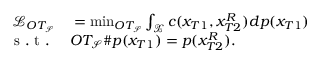
\begin{array} { r l } { \mathcal { L } _ { O T _ { \mathcal { S } } } } & { { } = \operatorname* { m i n } _ { O T _ { \mathcal { S } } } \int _ { \mathcal { X } } c ( x _ { T 1 } , x _ { T 2 } ^ { R } ) d p ( x _ { T 1 } ) } \\ { \mathrm { ~ s ~ . ~ t ~ . ~ } } & { { } O T _ { \mathcal { S } } \# p ( x _ { T 1 } ) = p ( x _ { T 2 } ^ { R } ) . } \end{array}